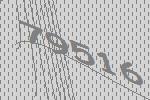
79516